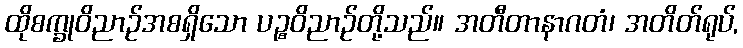
ထိုစက္ခုဝိညာဉ်အစရှိသော ပဉ္စဝိညာဉ်တို့သည်။ အတီတာနာဂတံ၊ အတိတ်ရုပ်,